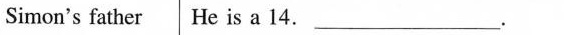
Somon's father He is a 14.___.